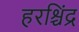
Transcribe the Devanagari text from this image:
हरश्चिंद्र